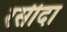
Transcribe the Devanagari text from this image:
रसीदा